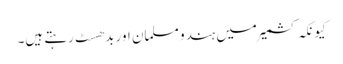
کیونکہ کشمیر میں ہندو مسلمان اور بدھسٹ رہتے ہیں۔